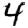
Digit: 4